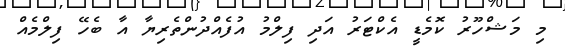
މި މަޝްހޫރު ކޮމެޑީ އެކްޓަރު އަދި ފިލްމު އުފެއްދުންތެރިޔާ އާ ބެހޭ ފިލްމެއް